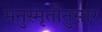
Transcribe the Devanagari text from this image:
मनुस्मृतीनुसार